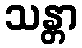
သန္တာ